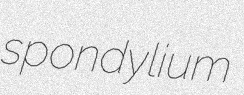
spondylium